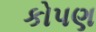
કોપણ